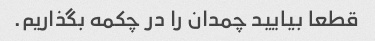
قطعا بیایید چمدان را در چکمه بگذاریم.